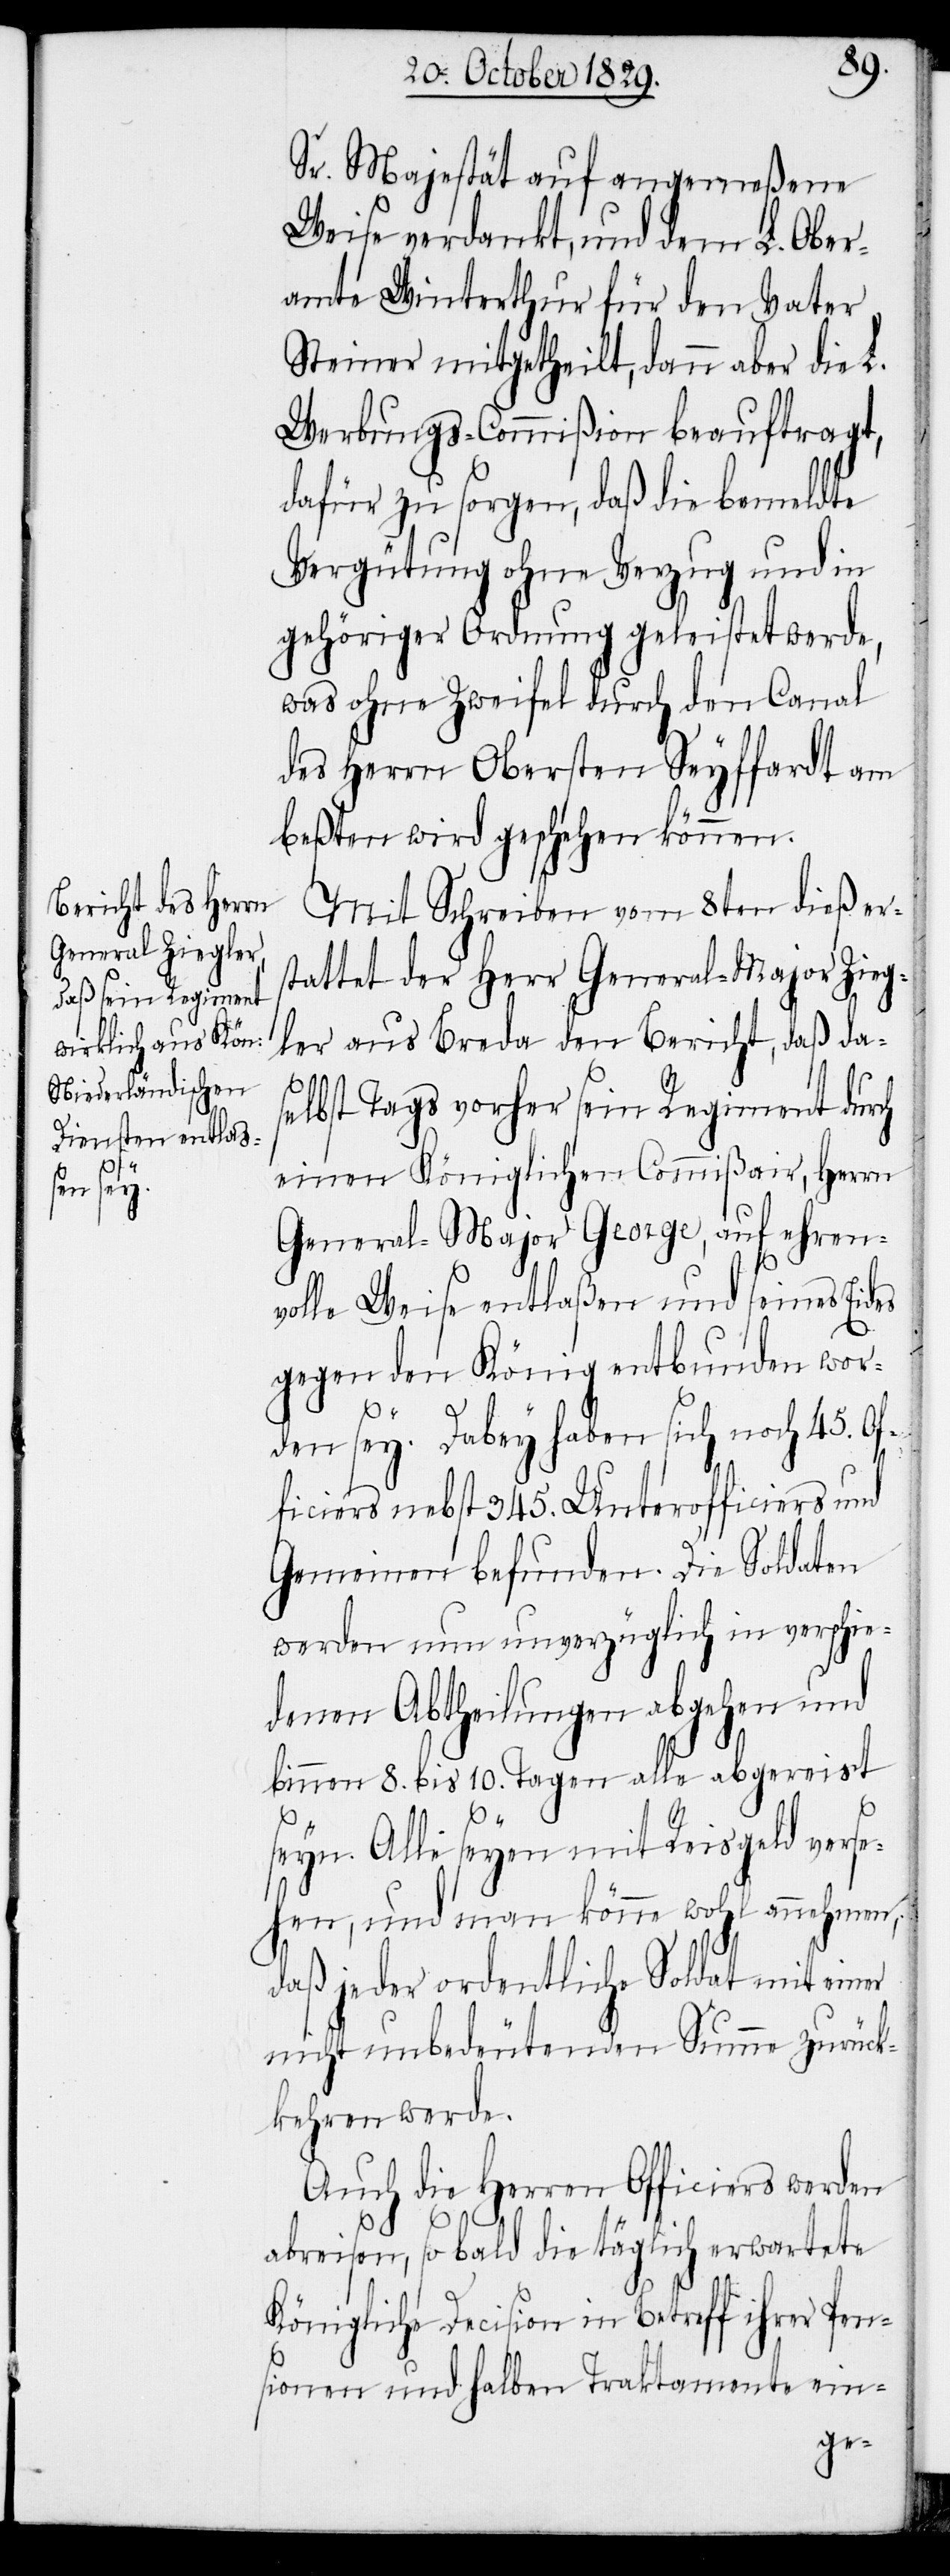
Sr. Majestät auf angemeßene
Weise verdankt, und dem L. Ober¬
amte Winterthur für den Vater
Steiner mitgetheilt, dann aber die L.
Werbungs-Commißion beauftragt,
dafür zu sorgen, daß die bemeldte
Vergütung ohne Verzug und in
gehöriger Ordnung geleistet werde,
was ohne Zweifel durch den Canal
des Herrn Obersten Seyffardt am
beßten wird geschehen können.
Mit Schreiben vom 8ten dieß er¬
stattet der Herr General-Major Zieg¬
ler aus Breda den Bericht, daß da¬
selbst Tags vorher sein Regiment durch
einen Königlichen Commißair, Herrn
General-Major George, auf ehren¬
volle Weise entlaßen und seines Eides
gegen den König entbunden wor¬
den sey. Dabey haben sich noch 45. Of¬
ficiers nebst 345. Unterofficiers und
Gemeinen befunden. Die Soldaten
werden nun unverzüglich in verschie¬
denen Abtheilungen abgehen und
binnen 8. bis 10. Tagen alle abgereist
seyn. Alle seyen mit Reisgeld verse¬
hen, und man könne wohl annehmen,
daß jeder ordentliche Soldat mit einer
nicht unbedeutenden Summe zurück¬
kehren werde.
Auch die Herren Officiers werden
abreisen, so bald die täglich erwartete
Königliche Decision in Betreff ihrer Pen¬
sionen und halben Traktamente ein-